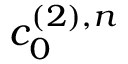
c _ { 0 } ^ { ( 2 ) , n }